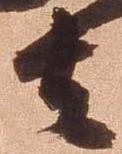
者